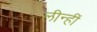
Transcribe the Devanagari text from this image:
लीन्‍हीं